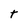
Character: t